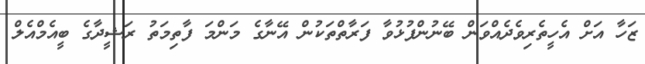
ޒަހާ އަށް އެހީތެރިވެދެއްވަން ބޭނުންފުޅުވާ ފަރާތްތަކުން އޭނާގެ މަންމަ ފާތިމަތު ރަޝީދާގެ ބީއެމްއެލް